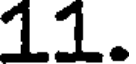
11.